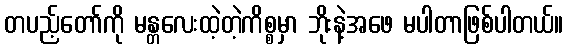
တပည့်တော်ကို မန္တလေးထဲ့တဲ့ကိစ္စမှာ ဘိုးနဲ့အဖေ မပါတာဖြစ်ပါတယ်။